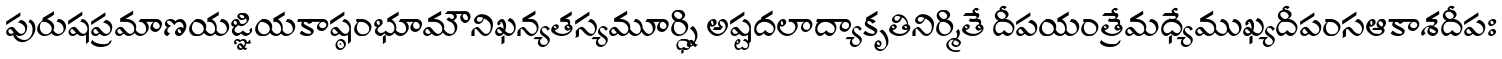
పురుషప్రమాణయజ్ఞియకాష్ఠంభూమౌనిఖన్యతస్యమూర్ధ్ని అష్టదలాద్యాకృతినిర్మితే దీపయంత్రేమధ్యేముఖ్యదీపంసఆకాశదీపః